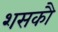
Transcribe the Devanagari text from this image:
शसकौ